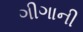
ગીગાની